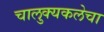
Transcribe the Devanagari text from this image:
चालुक्यकलेचा